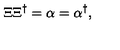
\Xi \Xi ^ { \dagger } = \alpha = \alpha ^ { \dagger } ,